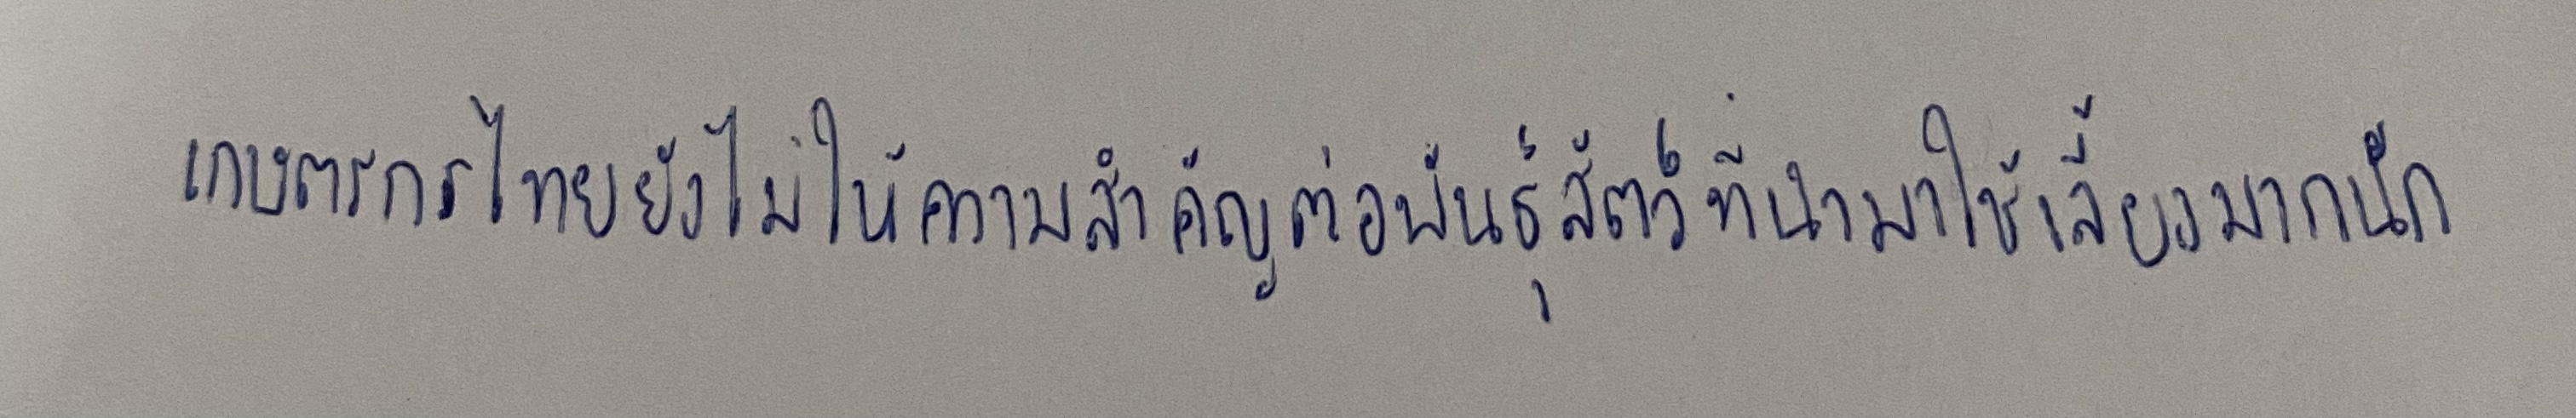
เกษตรกรไทยยังไม่ให้ความสำคัญต่อพันธุ์สัตว์ที่นำมาใช้เลี้ยงมากนัก